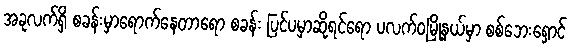
အခုလက်ရှိ စခန်းမှာရောက်နေတာရော စခန်း ပြင်ပမှာဆိုရင်ရော ပလက်ဝမြို့နယ်မှာ စစ်ဘေးရှောင်